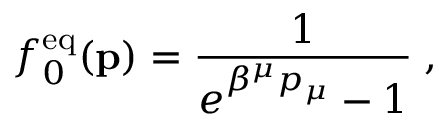
f _ { 0 } ^ { \mathrm { e q } } ( { \bf p } ) = { \frac { 1 } { e ^ { \beta ^ { \mu } p _ { \mu } } - 1 } } \; ,